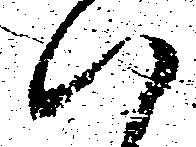
ハ